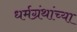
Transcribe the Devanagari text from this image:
धर्मग्रंथांच्या